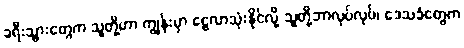
ခရီးသွားတွေက သူတို့ဟာ ကျွန်းမှာ ငွေလာသုံးနိုင်လို့ သူတို့ဘာလုပ်လုပ်၊ ဒေသခံတွေက